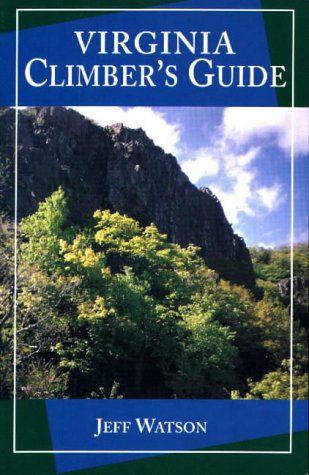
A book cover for Virginia Climber's Guide; Jeff Watson; Travel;